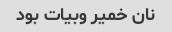
نان خمیر وبیات بود